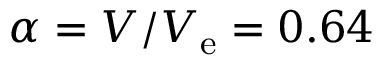
\alpha = V / V _ { \mathrm { e } } = 0 . 6 4